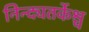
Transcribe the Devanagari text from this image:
निन्द्यतर्केश्च